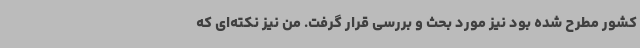
کشور مطرح شده بود نیز مورد بحث و بررسی قرار گرفت. من نیز نکته‌ای که